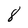
Character: 8